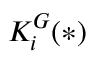
K _ { i } ^ { G } ( * )